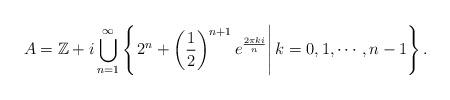
LaTeX: \begin{align*}\displaystyle A=\mathbb{Z}+i\bigcup_{n=1}^{\infty}\left\{ \left.2^n+\left(\frac{1}{2}\right)^{n+1}e^{\frac{2\pi ki}{n}}\right|k=0,1,\cdots,n-1 \right\}.\end{align*}